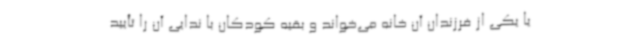
یا یکی از فرزندان آن خانه می‌خواند و بقیه کودکان با ندایی آن را تأیید